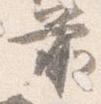
前